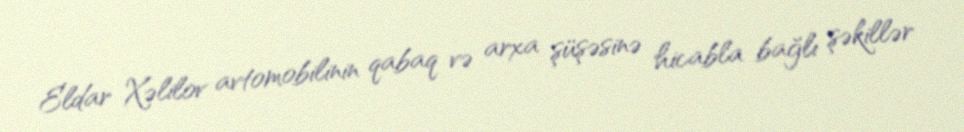
Eldar Xəlilov avtomobilinin qabaq və arxa şüşəsinə hicabla bağlı şəkillər